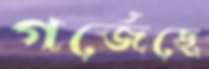
গর্জেছে